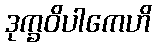
ဒုက္ခဝိပါကေဟိ